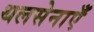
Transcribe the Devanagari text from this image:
थलसेनाएँ